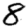
Digit: 8